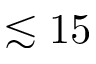
\lesssim 1 5